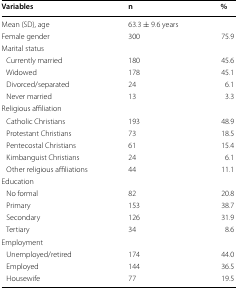
<table><thead><tr><td><b>Variables</b></td><td><b>n</b></td><td><b>%</b></td></tr></thead><tbody><tr><td>Mean (SD), age</td><td>63.3 ± 9.6 years</td><td></td></tr><tr><td>Female gender</td><td>300</td><td>75.9</td></tr><tr><td colspan="3">Marital status</td></tr><tr><td> Currently married</td><td>180</td><td>45.6</td></tr><tr><td> Widowed</td><td>178</td><td>45.1</td></tr><tr><td> Divorced/separated</td><td>24</td><td>6.1</td></tr><tr><td> Never married</td><td>13</td><td>3.3</td></tr><tr><td colspan="3">Religious affiliation</td></tr><tr><td> Catholic Christians</td><td>193</td><td>48.9</td></tr><tr><td> Protestant Christians</td><td>73</td><td>18.5</td></tr><tr><td> Pentecostal Christians</td><td>61</td><td>15.4</td></tr><tr><td> Kimbanguist Christians</td><td>24</td><td>6.1</td></tr><tr><td> Other religious affiliations</td><td>44</td><td>11.1</td></tr><tr><td colspan="3">Education</td></tr><tr><td> No formal</td><td>82</td><td>20.8</td></tr><tr><td> Primary</td><td>153</td><td>38.7</td></tr><tr><td> Secondary</td><td>126</td><td>31.9</td></tr><tr><td> Tertiary</td><td>34</td><td>8.6</td></tr><tr><td colspan="3">Employment</td></tr><tr><td> Unemployed/retired</td><td>174</td><td>44.0</td></tr><tr><td> Employed</td><td>144</td><td>36.5</td></tr><tr><td> Housewife</td><td>77</td><td>19.5</td></tr></tbody></table>